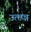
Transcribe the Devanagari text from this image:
उत्त्प्न्न